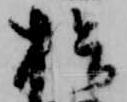
拾